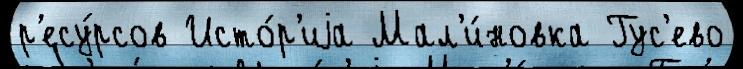
р'есу́рсов Исто́р'иjа Мал'и́новка Гус'ево